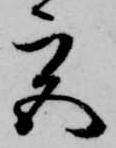
宮